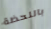
باللحظة